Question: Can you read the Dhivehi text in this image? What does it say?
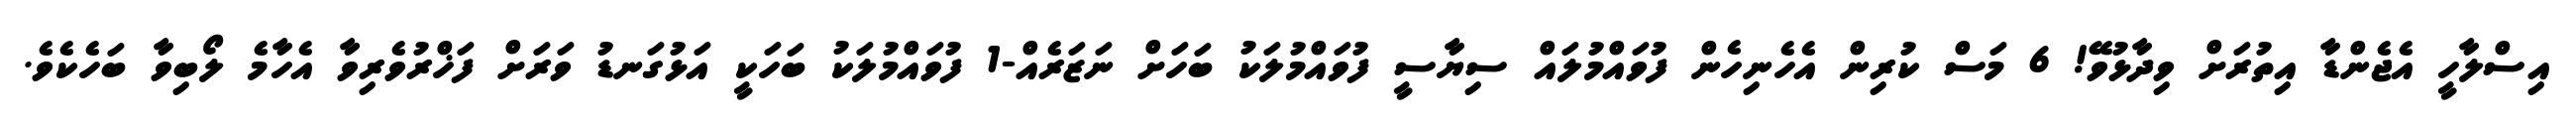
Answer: އިސްލާހީ އެޖެންޑާ އިތުރަށް ވިދާޅުވޭ! 6 މަސް ކުރިން އެހެނިހެން ފުވައްމުލައް ސިޔާސީ ފުވައްމުލަކު ބަހަށް ނަޒަރެއް-1 ފުވައްމުލަކު ބަހަކީ އަޅުގަނޑު ވަރަށް ފަޚްރުވެރިވާ އެހާމެ ލޯބިވާ ބަހެކެވެ.